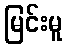
မြင်းမူ